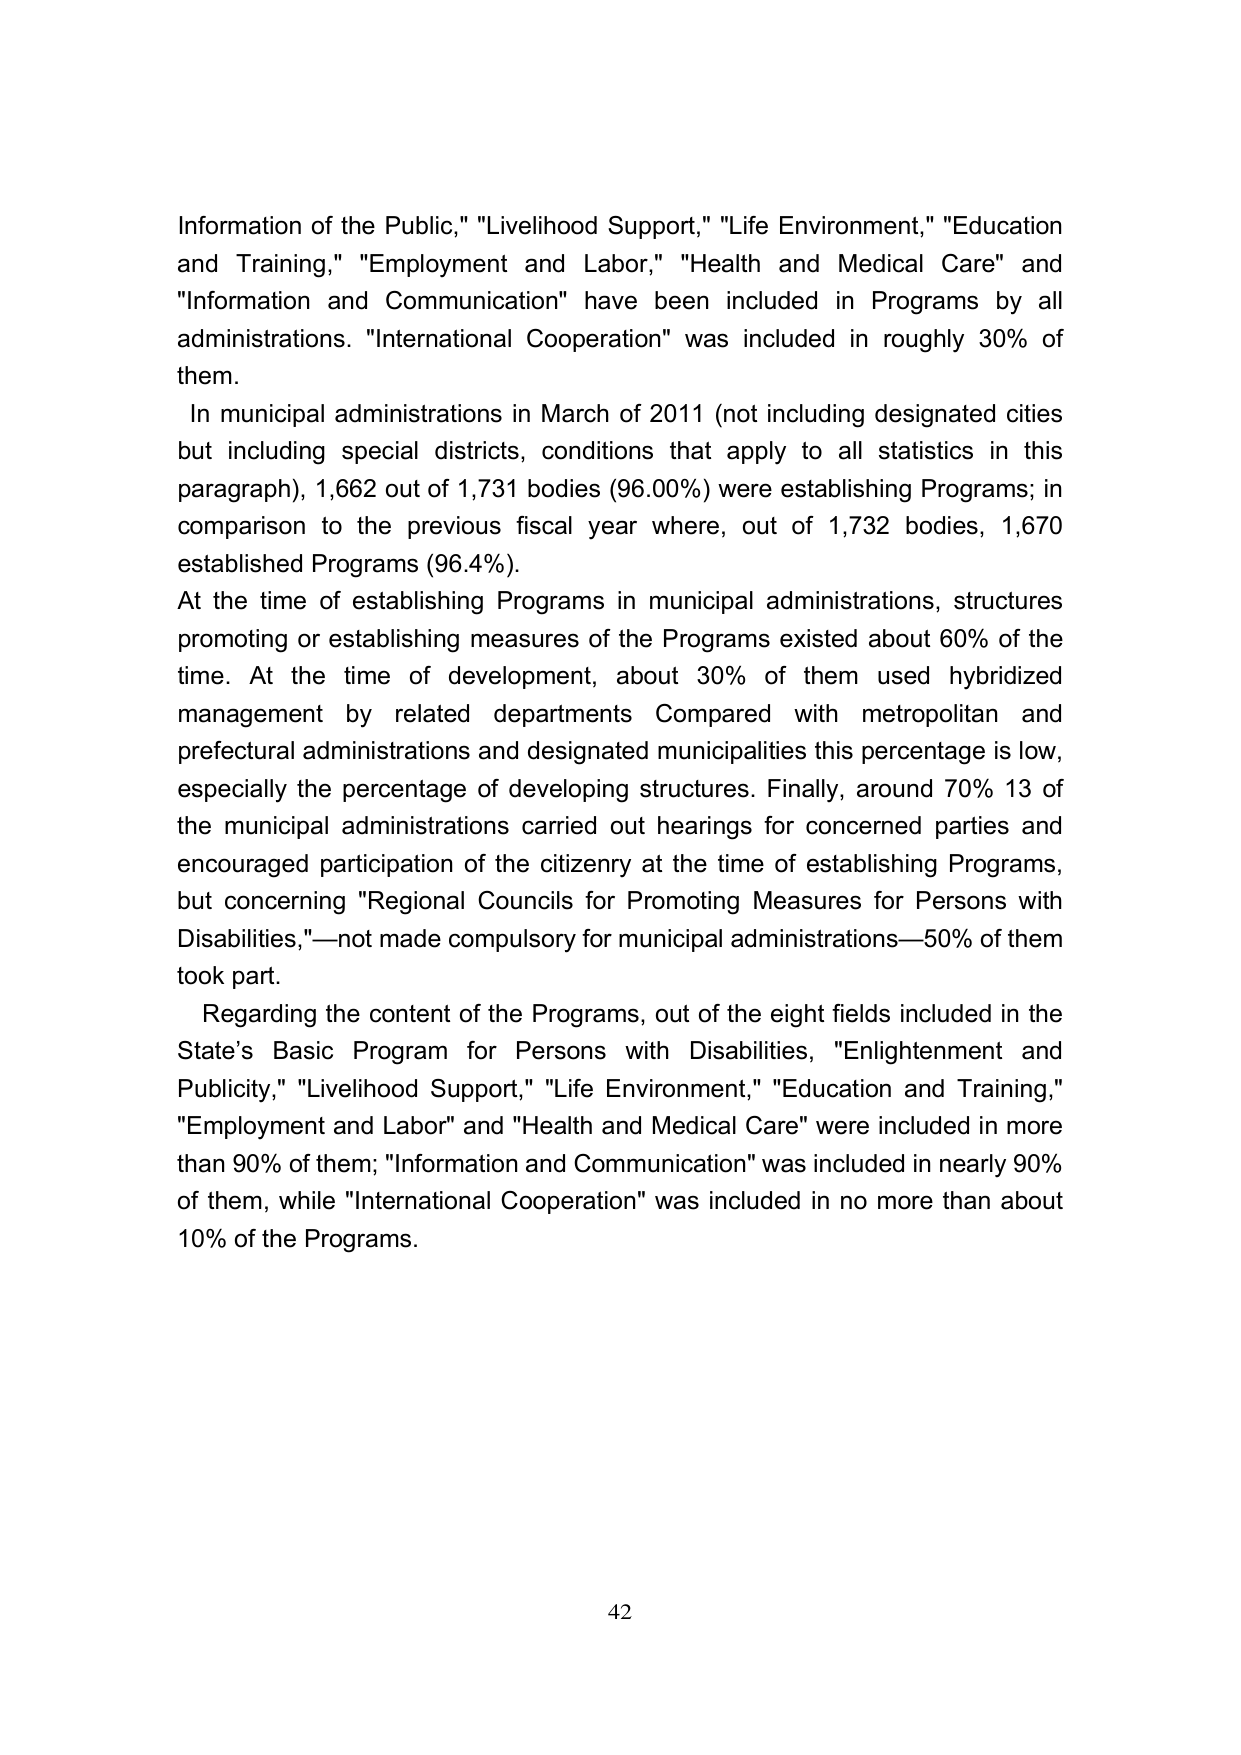
Information of the Public," "Livelihood Support," "Life Environment," "Education and Training," "Employment and Labor," "Health and Medical Care" and "Information and Communication" have been included in Programs by all administrations. "International Cooperation" was included in roughly 30% of them.

In municipal administrations in March of 2011 (not including designated cities but including special districts, conditions that apply to all statistics in this paragraph), 1,662 out of 1,731 bodies (96.00%) were establishing Programs; in comparison to the previous fiscal year where, out of 1,732 bodies, 1,670 established Programs (96.4%).

At the time of establishing Programs in municipal administrations, structures promoting or establishing measures of the Programs existed about 60% of the time. At the time of development, about 30% of them used hybridized management by related departments Compared with metropolitan and prefectural administrations and designated municipalities this percentage is low, especially the percentage of developing structures. Finally, around 70% 13 of the municipal administrations carried out hearings for concerned parties and encouraged participation of the citizenry at the time of establishing Programs, but concerning "Regional Councils for Promoting Measures for Persons with Disabilities,"—not made compulsory for municipal administrations—50% of them took part.

Regarding the content of the Programs, out of the eight fields included in the State's Basic Program for Persons with Disabilities, "Enlightenment and Publicity," "Livelihood Support," "Life Environment," "Education and Training," "Employment and Labor" and "Health and Medical Care" were included in more than 90% of them; "Information and Communication" was included in nearly 90% of them, while "International Cooperation" was included in no more than about 10% of the Programs.

42